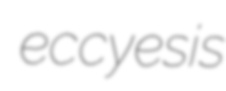
eccyesis